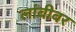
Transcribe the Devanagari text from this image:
लांबीवर